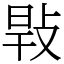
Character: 㪋